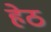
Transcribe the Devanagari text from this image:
हेठ